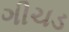
ગીચડ